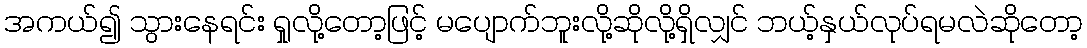
အကယ်၍ သွားနေရင်း ရှုလို့တော့ဖြင့် မပျောက်ဘူးလို့ဆိုလို့ရှိလျှင် ဘယ့်နှယ်လုပ်ရမလဲဆိုတော့